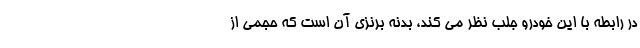
در رابطه با این خودرو جلب نظر می کند، بدنه برنزی آن است که حجمی از